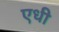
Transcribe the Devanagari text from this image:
एधी